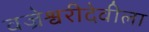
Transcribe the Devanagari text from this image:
वज्रेश्वरीदेवीला